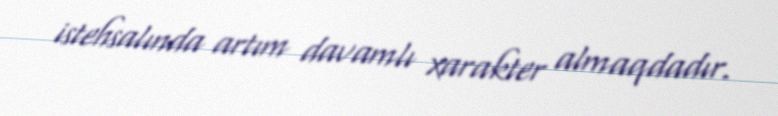
istehsalında artım davamlı xarakter almaqdadır.